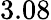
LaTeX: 3.08